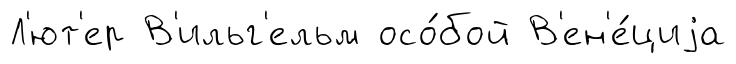
Л'ют'ер В'ильг'ельм осо́бой В'ен'е́циjа